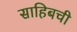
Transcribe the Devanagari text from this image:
साहिबची